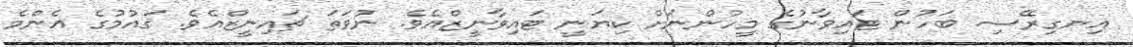
އިނގިރޭސި ބަހުން ޓައިވާނުގެ މީހުންނަށް ކިޔަނީ ޓައިވާނީޒްއެވެ. ނުވަތަ ޗައިނީޒްއެވެ. ޤައުމުގެ އެންމެ